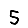
Digit: 5